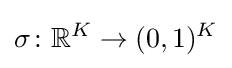
\sigma \colon \mathbb {R} ^{K}\to (0,1)^{K}